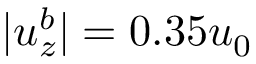
| u _ { z } ^ { b } | = 0 . 3 5 u _ { 0 }